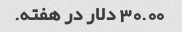
30.00 دلار در هفته.